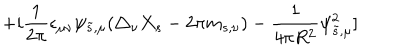
+ i { \frac { 1 } { 2 \pi } } \epsilon _ { \mu \nu } \psi _ { \tilde { s } , \mu } ( \triangle _ { \nu } X _ { s } - 2 \pi m _ { s , \nu } ) - { \frac { 1 } { 4 \pi R ^ { 2 } } } \psi _ { \tilde { s } , \mu } ^ { 2 } ]